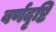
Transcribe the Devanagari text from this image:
वर्णदृष्टि